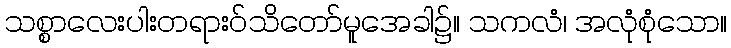
သစ္စာလေးပါးတရားဝ်သိတော်မူအေခါ၌။ သကလံ၊ အလုံစုံသော။